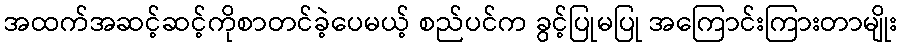
အထက်အဆင့်ဆင့်ကိုစာတင်ခဲ့ပေမယ့် စည်ပင်က ခွင့်ပြုမပြု အကြောင်းကြားတာမျိုး